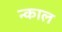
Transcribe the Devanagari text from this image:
न्काल